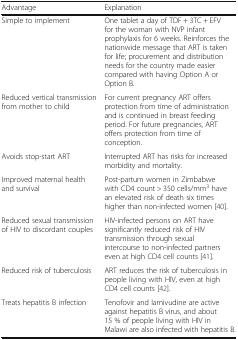
<table><thead><tr><td><b>Advantage</b></td><td><b>Explanation</b></td></tr></thead><tbody><tr><td>Simple to implement</td><td>One tablet a day of TDF + 3TC + EFV for the woman with NVP infant prophylaxis for 6 weeks. Reinforces the nationwide message that ART is taken for life; procurement and distribution needs for the country made easier compared with having Option A or Option B.</td></tr><tr><td>Reduced vertical transmission from mother to child</td><td>For current pregnancy ART offers protection from time of administration and is continued in breast feeding period. For future pregnancies, ART offers protection from time of conception.</td></tr><tr><td>Avoids stop-start ART</td><td>Interrupted ART has risks for increased morbidity and mortality.</td></tr><tr><td>Improved maternal health and survival</td><td>Post-partum women in Zimbabwe with CD4 count &gt; 350 cells/mm<sup>3</sup> have an elevated risk of death six times higher than non-infected women [40].</td></tr><tr><td>Reduced sexual transmission of HIV to discordant couples</td><td>HIV-infected persons on ART have significantly reduced risk of HIV transmission through sexual intercourse to non-infected partners even at high CD4 cell counts [41].</td></tr><tr><td>Reduced risk of tuberculosis</td><td>ART reduces the risk of tuberculosis in people living with HIV, even at high CD4 cell counts [42].</td></tr><tr><td>Treats hepatitis B infection</td><td>Tenofovir and lamivudine are active against hepatitis B virus, and about 15 % of people living with HIV in Malawi are also infected with hepatitis B.</td></tr></tbody></table>